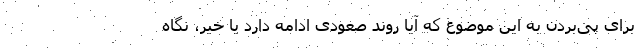
برای پی‌بردن به این موضوع که آیا روند صعودی ادامه دارد یا خیر، نگاه